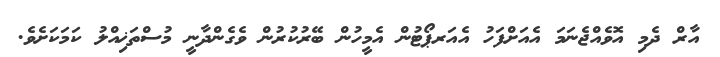
އާރް ދެމި އޮވެއްޖެނަމަ އެއަށްފަހު އެއަރޕޯޓުން އެމީހުން ބޭރުކުރުން ވެގެންދާނީ މުސްތަޚިއްލު ކަމަކަށެވެ.